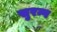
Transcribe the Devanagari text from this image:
सुरन्ग